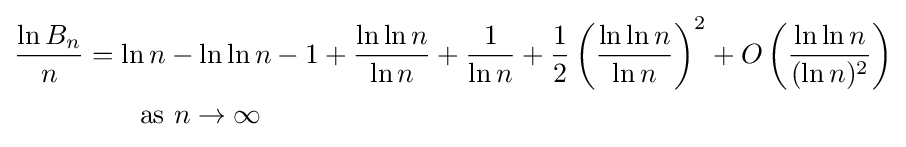
{\begin{aligned}{\frac {\ln B_{n}}{n}}&=\ln n-\ln \ln n-1+{\frac {\ln \ln n}{\ln n}}+{\frac {1}{\ln n}}+{\frac {1}{2}}\left({\frac {\ln \ln n}{\ln n}}\right)^{2}+O\left({\frac {\ln \ln n}{(\ln n)^{2}}}\right)\\&{}\qquad {\text{as }}n\to \infty \end{aligned}}